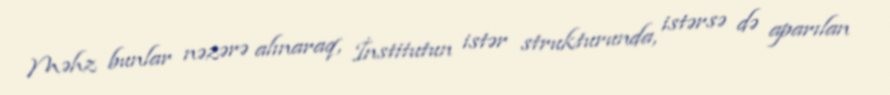
Məhz bunlar nəzərə alınaraq, İnstitutun istər strukturunda, istərsə də aparılan